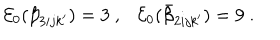
LaTeX: { \cal E } _ { 0 } ( \beta _ { 3 i j k ^ { \prime } } ) = 3 ~ , { \cal E } _ { 0 } ( \bar { \beta } _ { 2 i j k ^ { \prime } } ) = 9 ~ .